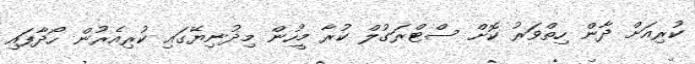
ކުރިއަށް ދާން ހިތްވަރު ކޮށް ސްޓްރަގުލް ކުރާ މީހުން މިދުނިޔޭގައި ކުރިއެރުން ހޯދާފައި